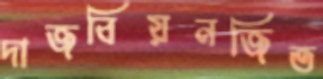
দাজবিয়নজিত